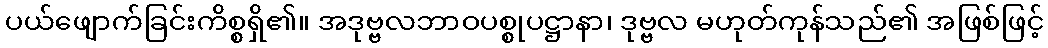
ပယ်ဖျောက်ခြင်းကိစ္စရှိ၏။ အဒုဗ္ဗလဘာဝပစ္စုပဋ္ဌာနာ၊ ဒုဗ္ဗလ မဟုတ်ကုန်သည်၏ အဖြစ်ဖြင့်